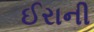
ઈરાની